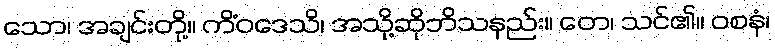
သော၊ အချင်းတို့။ ကိံဝဒေသိ၊ အသို့ဆိုဘိသနည်း။ တေ၊ သင်၏။ ဝစနံ၊